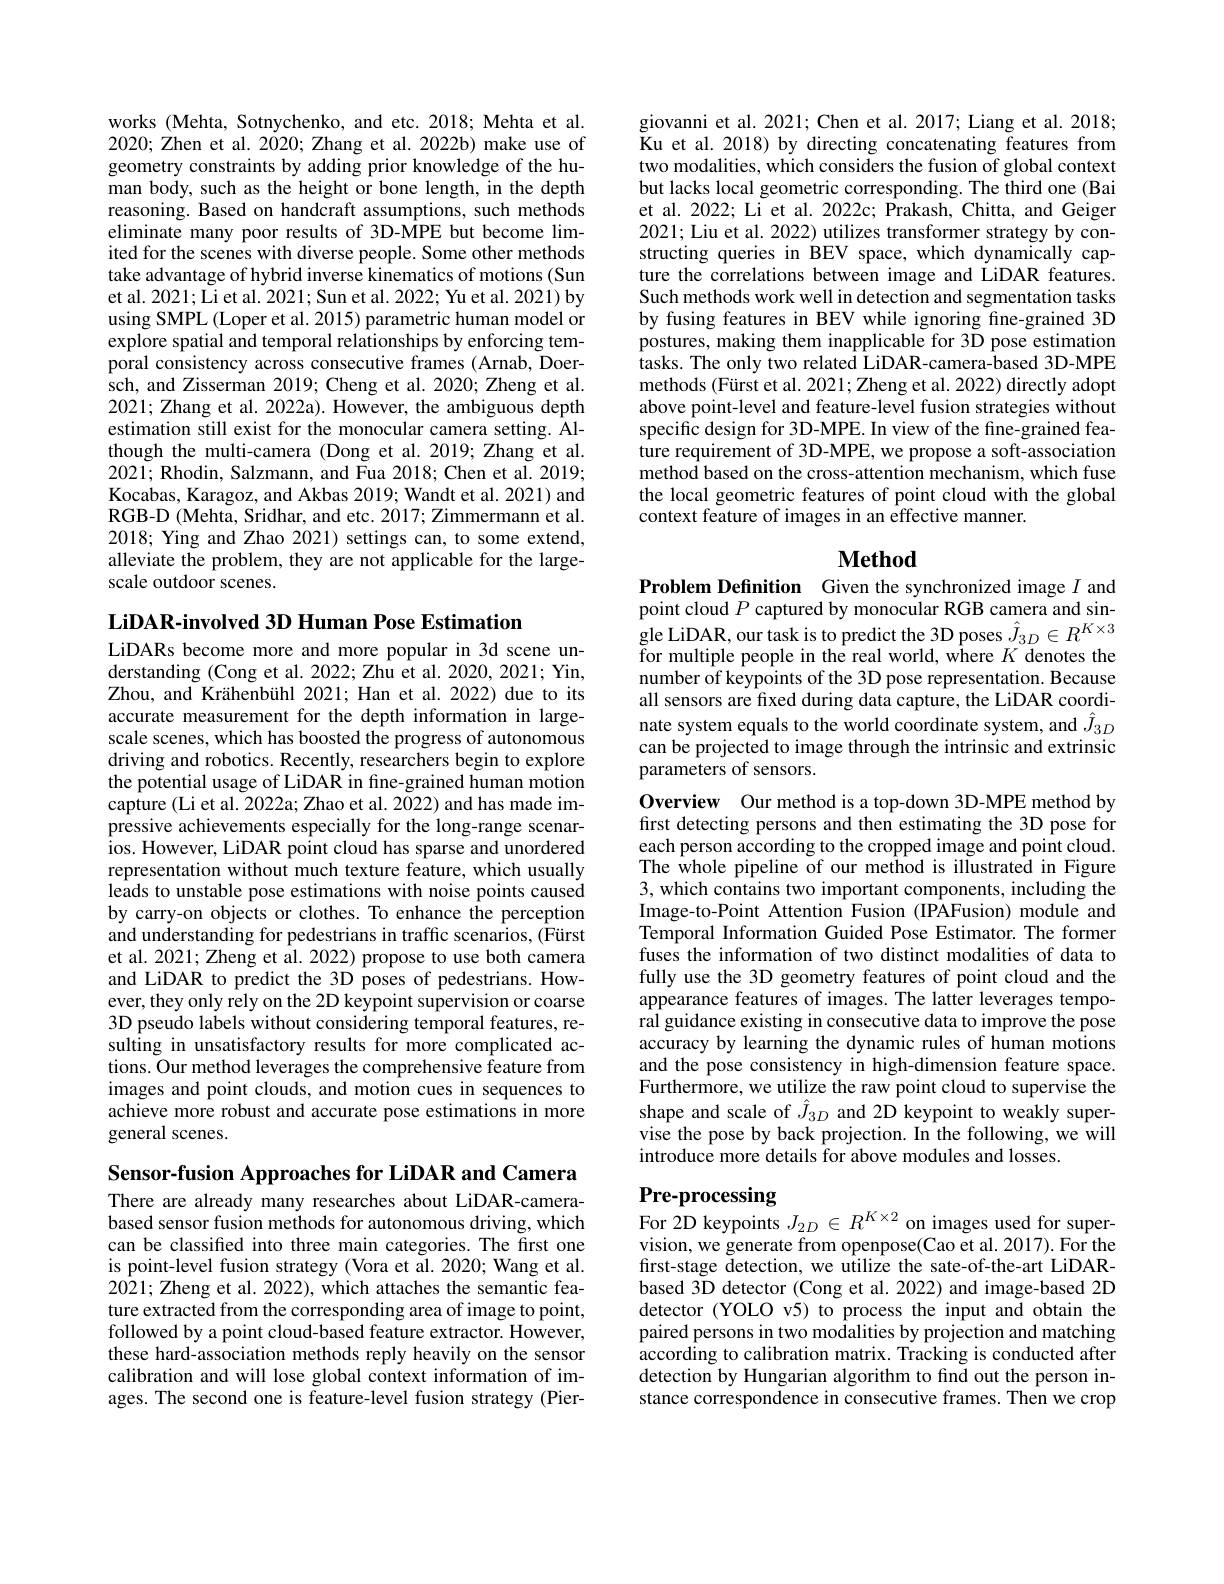
works (Mehta, Sotnychenko, and etc. 2018; Mehta et al. 2020; Zhen et al. 2020; Zhang et al. 2022b) make use of geometry constraints by adding prior knowledge of the human body, such as the height or bone length, in the depth reasoning. Based on handcraft assumptions, such methods eliminate many poor results of 3D-MPE but become limited for the scenes with diverse people. Some other methods take advantage of hybrid inverse kinematics of motions (Sun et al. 2021; Li et al. 2021; Sun et al. 2022; Yu et al. 2021) by using SMPL (Loper et al. 2015) parametric human model or explore spatial and temporal relationships by enforcing temporal consistency across consecutive frames (Arnab, Doersch, and Zisserman 2019; Cheng et al. 2020; Zheng et al. 2021; Zhang et al. 2022a). However, the ambiguous depth estimation still exist for the monocular camera setting. Although the multi-camera (Dong et al.2019; Zhang et al. $202\tilde{1};$ Rhodin, Salzmann, and Fua 2018; Chen et al. 2019; Kocabas, Karagoz, and Akbas 2019; Wandt et al. 2021) and RGB-D (Mehta, Sridhar, and etc. 2017; Zimmermann et al. 2018; Ying and Zhao 2021) settings can, to some extend, alleviate the problem, they are not applicable for the largescale outdoor scenes.

LiDAR-involved 3D Human Pose Estimation
LiDARs become more and more popular in 3d scene understanding (Cong et al. 2022; Zhu et al. 2020, 2021; Yin, Zhou, and Krähenbühl 2021; Han et al. 2022) due to its accurate measurement for the depth information in largescale scenes, which has boosted the progress of autonomous driving and robotics. Recently, researchers begin to explore the potential usage of LiDAR in fine-grained human motion $\hat{\text{capture(Li et al. 2022a; Zhao et al. 2022) and has made im-}}$ pressive achievements especially for the long-range scenarios. However, LiDAR point cloud has sparse and unordered representation without much texture feature, which usually leads to unstable pose estimations with noise points caused by carry-on objects or clothes. To enhance the perception and understanding for pedestrians in traffic scenarios, (Fürst et al. 2021; Zheng et al. 2022) propose to use both camera and LiDAR to predict the 3D poses of pedestrians. However, they only rely on the 2D keypoint supervision or coarse 3D pseudo labels without considering temporal features, resulting in unsatisfactory results for more complicated actions. Our method leverages the comprehensive feature from images and point clouds, and motion cues in sequences to achieve more robust and accurate pose estimations in more general scenes.

Sensor-fusion Approaches for LiDAR and Camera

There are already many researches about LiDAR-camerabased sensor fusion methods for autonomous driving, which can be classified into three main categories. The first one is point-level fusion strategy (Vora et al.2020; Wang et al. 2021; Zheng et al. 2022), which attaches the semantic feature extracted from the corresponding area of image to point, followed by a point cloud-based feature extractor. However, these hard-association methods reply heavily on the sensor calibration and will lose global context information of images. The second one is feature-level fusion strategy (Pier-

giovanni et al. 2021; Chen et al. 2017; Liang et al. 2018; Ku et al. 2018) by directing concatenating features from two modalities, which considers the fusion of global context but lacks local geometric corresponding. The third one (Bai et al. 2022; Li et al. 2022c; Prakash, Chitta, and Geiger 2021; Liu et al. 2022) utilizes transformer strategy by constructing queries in BEV space, which dynamically capture the correlations between image and LiDAR features. Such methods work well in detection and segmentation tasks by fusing features in BEV while ignoring fine-grained 3D postures, making them inapplicable for 3D pose estimation $\hat{\text{tasks. The only two related LiDAR-camera-based 3D-MPE}}$ methods (Fürst et al. 2021; Zheng et al. 2022) directly adopt above point-level and feature-level fusion strategies without specific design for 3D-MPE. In view of the fine-grained feature requirement of 3D-MPE, we propose a soft-association method based on the cross-attention mechanism, which fuse the local geometric features of point cloud with the global context feature of images in an effective manner.

## $\mathbf{Method}$

Problem Definition Given the synchronized image $I$ and point cloud $P$ captured by monocular RGB camera and single LiDAR, our task is to predict the 3D poses $\hat{J} _{3D}\in R^{K\times 3}$ gle LiDAR, our task is to predict the 3D poses $\hat{J} _{3D}\in R^{K\times 3}$ gle LiDAR, our task is to predict the 3D poses $\hat{J} _{3D}\in R^{K\times 3}$ gle LiDAR, our task is to predict the 3D pos for multiple people in the real world, where $K$ denotes the number of keypoints of the 3D pose representation. Because all sensors are fixed during data capture, the LiDAR coordinate system equals to the world coordinate system, and $\hat{J}_{3D}$ can be projected to image through the intrinsic and extrinsic parameters of sensors.

Overview Our method is a top-down 3D-MPE method by first detecting persons and then estimating the 3D pose for each person according to the cropped image and point cloud. The $\hat{\text{whole pipeline of our method is illustrated in Figure}}$ 3, which contains two important components, including the Image-to-Point Attention Fusion (IPAFusion) module and Temporal Information Guided Pose Estimator. The former fuses the information of two distinct modalities of data to fully use the 3D geometry features of point cloud and the appearance features of images. The latter leverages temporal guidance existing in consecutive data to improve the pose accuracy by learning the dynamic rules of human motions and the pose consistency in high-dimension feature space. Furthermore, we utilize the raw point cloud to supervise the shape and scale of $\hat{J}_{3D}$ and 2D keypoint to weakly supervise the pose by back projection. In the following, we will introduce more details for above modules and losses.

# Pre-processing For 2D keypoints $J_{2D}\in R^{K\times2}$ on images used for super-

vision, we generate from openpose(Cao et al. 2017). For the first-stage detection, we utilize the sate-of-the-art LiDARbased 3D detector (Cong et al. 2022) and image-based 2D detector (YOLO v5) to process the input and obtain the paired persons in two modalities by projection and matching according to calibration matrix. Tracking is conducted after detection by Hungarian algorithm to find out the person instance correspondence in consecutive frames. Then we crop